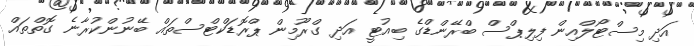
އަދި މިސްޓޯލްއިން ފިލިޕްސް ބްރޭންޑްގެ ބިއުޓީ އަދި ގްރޫމިން ޕްރޮޑަކްޓްސްތައް ބޭނުންކުރާނެ ގޮތްތައް